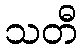
သတီ